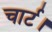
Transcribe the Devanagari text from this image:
चार्ट।